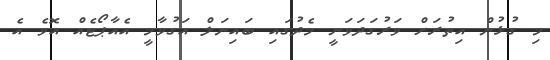
މި ގުޅުން އިތުރަށް ވަރުގަދަވަނީ މެދުގައި ބައިނަލް އަގުވާމީ އެއާޕޯޓެއް އޮވެ އެ